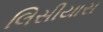
લિસીયાસ